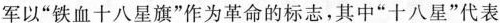
军以“铁血十八星旗”作为革命的标志，其中“十八星”代表